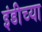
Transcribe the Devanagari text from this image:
इंडीच्या